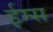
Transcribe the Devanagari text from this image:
ईम्स